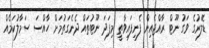
ޑޮލަރުގެ ވަގު ނޫޓް ރާއްޖެއިން ފެނިފައިވާތީ މިފަދަ ނޫޓުތައް ދެނެގަތުމަށް ހާއްސަ ސަމާލުކަމެއް